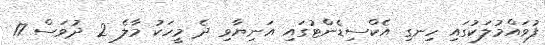
ފުވައްމުލަކުގައި ހިނގި އެކްސިޑެންޓުގައި އަނިޔާވި ދެ މީހަކު މާލެ 2 ދުވަސް 17